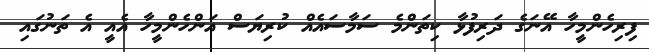
ފިރިހެންމީހާ އޭނަގެ ދަރިފުޅާ ކިތަންމެ ސަމާސައެއް ކުރިޔަސް އަންހެންމީހާ އެއީ އެ ތަނުގައި